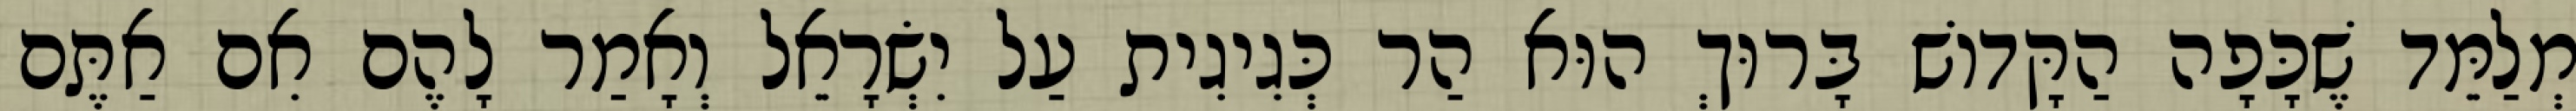
מְלַמֵּד שֶׁכָּפָה הַקָּדוֹשׁ בָּרוּךְ הוּא הַר כְּגִיגִית עַל יִשְׂרָאֵל וְאָמַר לָהֶם אִם אַתֶּם